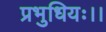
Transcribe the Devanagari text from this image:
प्रभुधियः।।